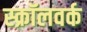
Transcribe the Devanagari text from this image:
स्क्रॉलवर्क